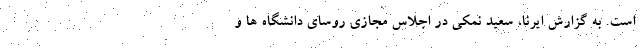
است. به گزارش ایرنا، سعید نمکی در اجلاس مجازی روسای دانشگاه ها و